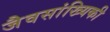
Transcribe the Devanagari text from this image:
जैवसांख्यिकी